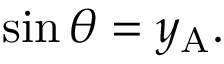
\quad \sin \theta = y _ { \mathrm { A } } .